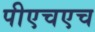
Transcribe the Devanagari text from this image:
पीएचएच